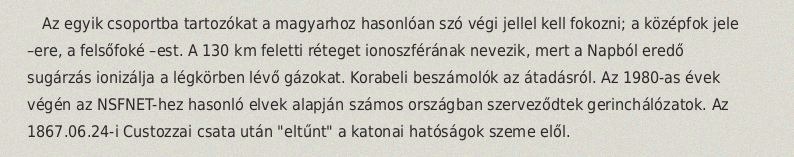
Az egyik csoportba tartozókat a magyarhoz hasonlóan szó végi jellel kell fokozni; a középfok jele –ere, a felsőfoké –est. A 130 km feletti réteget ionoszférának nevezik, mert a Napból eredő sugárzás ionizálja a légkörben lévő gázokat. Korabeli beszámolók az átadásról. Az 1980-as évek végén az NSFNET-hez hasonló elvek alapján számos országban szerveződtek gerinchálózatok. Az 1867.06.24-i Custozzai csata után "eltűnt" a katonai hatóságok szeme elől.